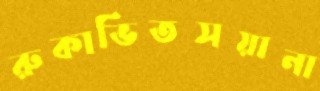
রুকাভিতসয়ানা